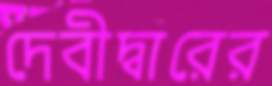
দেবীদ্বারের